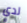
لدي